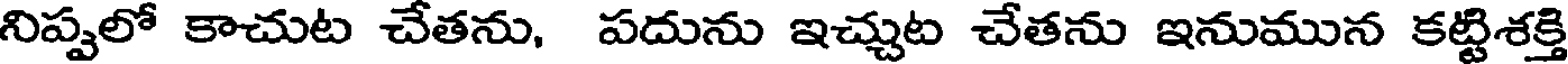
నిప్పలో కాచుట చేతను, పదును ఇచ్చుట చేతను ఇనుమున కట్టిశక్తి